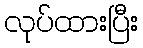
လုပ်ထားပြီး